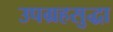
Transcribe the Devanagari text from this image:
उपग्रहसुद्धा